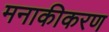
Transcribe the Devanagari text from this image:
मनाकीकरण